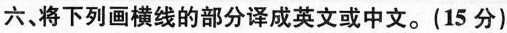
六、将下列画横线的部分译成英文或中文。(15分)